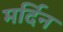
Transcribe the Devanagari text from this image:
मर्दिन